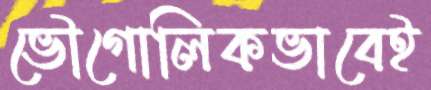
ভৌগোলিকভাবেই